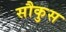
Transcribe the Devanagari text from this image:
सौकुस